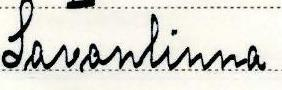
Savonlinna